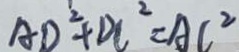
A D ^ { 2 } + D C ^ { 2 } = A C ^ { 2 }